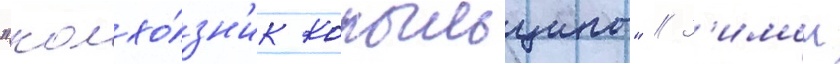
"колхо́зн'ик копыльщины" // З'имои